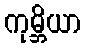
ကုမ္ဘိယာ